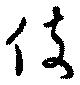
伎